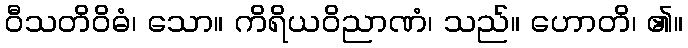
ဝီသတိဝိဓံ၊ သော။ ကိရိယဝိညာဏံ၊ သည်။ ဟောတိ၊ ၏။